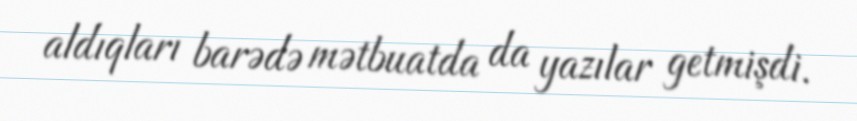
aldıqları barədə mətbuatda da yazılar getmişdi.